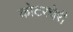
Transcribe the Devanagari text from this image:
कोटरचेरी